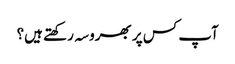
آپ کس پر بھروسہ رکھتے ہیں؟